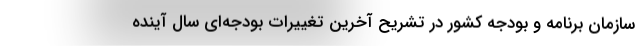
سازمان برنامه و بودجه کشور در تشریح آخرین تغییرات بودجه‌ای سال آینده